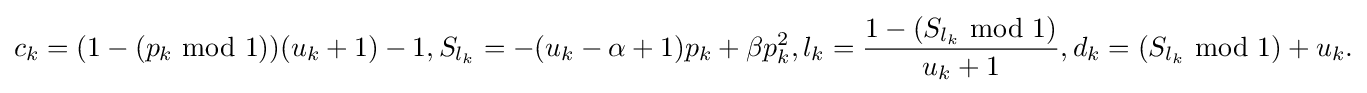
{\begin{aligned}c_{k}=(1-(p_{k}{\text{ mod }}1))(u_{k}+1)-1,S_{l_{k}}=-(u_{k}-\alpha +1)p_{k}+\beta p_{k}^{2},l_{k}={\frac {1-(S_{l_{k}}{\text{ mod }}1)}{u_{k}+1}},d_{k}=(S_{l_{k}}{\text{ mod }}1)+u_{k}.\end{aligned}}